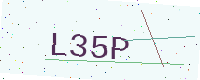
Text: L35P